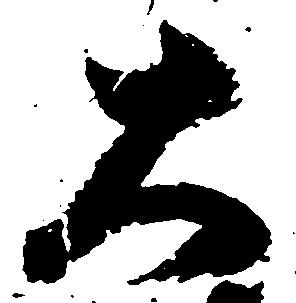
大